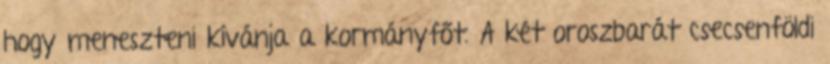
hogy meneszteni kívánja a kormányfőt. A két oroszbarát csecsenföldi